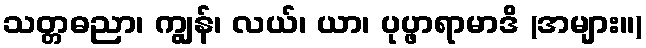
သတ္တဓညာ၊ ကျွန်၊ လယ်၊ ယာ၊ ပုပ္ဖာရာမာဒိ (အများ။)